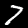
Digit: 7